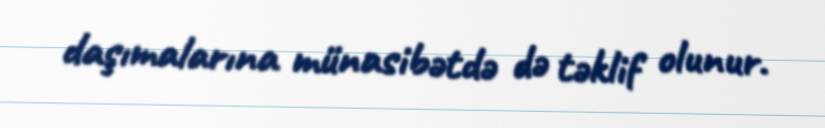
daşımalarına münasibətdə də təklif olunur.